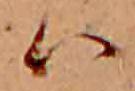
ハ